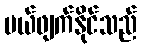
ပယ်ဖျက်နိုင်သည်